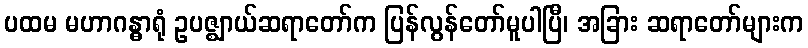
ပထမ မဟာဂန္ဓာရုံ ဥပဇ္ဈာယ်ဆရာတော်က ပြန်လွန်တော်မူပါပြီ၊ အခြား ဆရာတော်များက